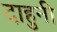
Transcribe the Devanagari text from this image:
दाहुनी